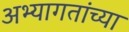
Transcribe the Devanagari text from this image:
अभ्यागतांच्या